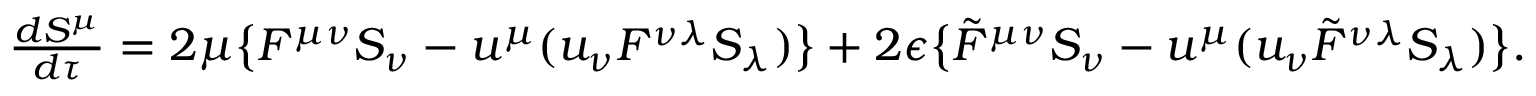
\begin{array} { c } { { { \frac { d S ^ { \mu } } { d \tau } } = 2 \mu \big \{ F ^ { \mu \nu } S _ { \nu } - u ^ { \mu } ( u _ { \nu } F ^ { \nu \lambda } S _ { \lambda } ) \big \} + 2 \epsilon \big \{ { \tilde { F } } ^ { \mu \nu } S _ { \nu } - u ^ { \mu } ( u _ { \nu } { \tilde { F } } ^ { \nu \lambda } S _ { \lambda } ) \big \} . } } \end{array}